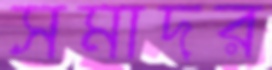
সমাদর